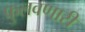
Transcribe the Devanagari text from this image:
फुलवणारी